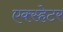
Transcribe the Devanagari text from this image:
एक्स्हेटर